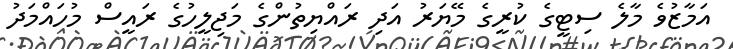
އަމާޒުވެ މާލެ ސިޓީގެ ކުރީގެ މޭޔަރު އަދި ރައްޔިތުންގެ މަޖިލީހުގެ ރައީސް މުހައްމަދު